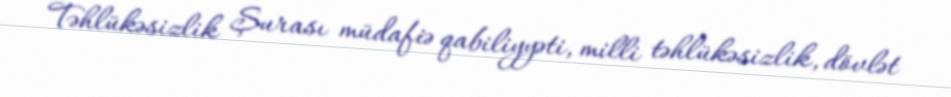
Təhlükəsizlik Şurası müdafiə qabiliyyəti, milli təhlükəsizlik, dövlət